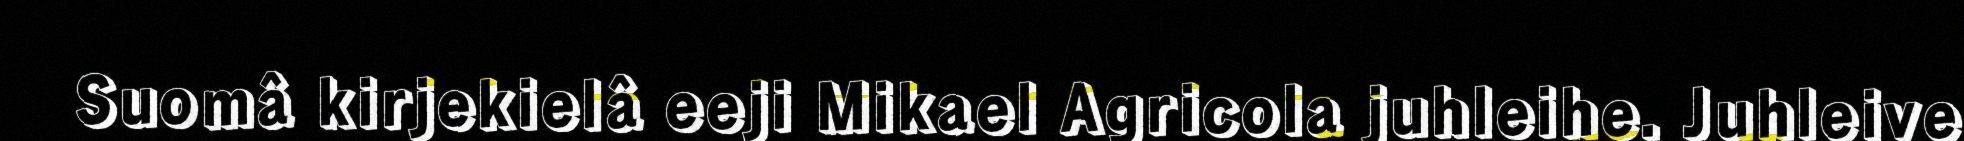
Suomâ kirjekielâ eeji Mikael Agricola juhleihe. Juhleive